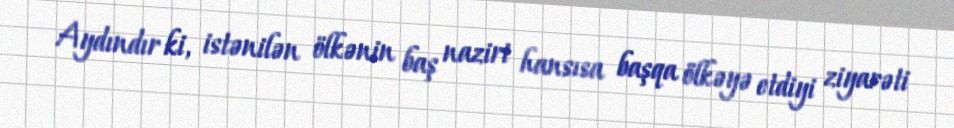
Aydındır ki, istənilən ölkənin baş naziri hansısa başqa ölkəyə etdiyi ziyarəti